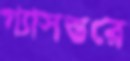
গ্যাসস্তরে